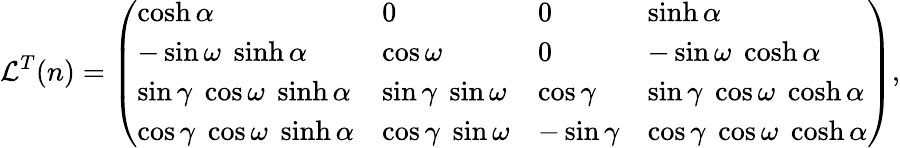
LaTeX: {\cal L}^{T}(n)=\left(\begin{array}{llll}{{\cosh\alpha}}&{{0}}&{{0}}&{{\sinh\alpha}}\\ {{-\sin\omega\; \sinh\alpha}}&{{\cos\omega}}&{{0}}&{{-\sin\omega\; \cosh\alpha}}\\ {{\sin\gamma\; \cos\omega\; \sinh\alpha}}&{{\sin\gamma\; \sin\omega}}&{{\cos\gamma}}&{{\sin\gamma\; \cos\omega\; \cosh\alpha}}\\ {{\cos\gamma\; \cos\omega\; \sinh\alpha}}&{{\cos\gamma\; \sin\omega}}&{{-\sin\gamma}}&{{\cos\gamma\; \cos\omega\; \cosh\alpha}}\end{array}\right),